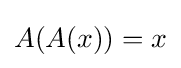
A(A(x))=x